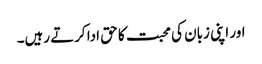
اور اپنی زبان کی محبت کا حق ادا کرتے رہیں۔